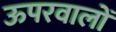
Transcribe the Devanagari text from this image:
ऊपरवालों